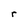
Character: r